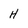
Character: H